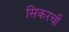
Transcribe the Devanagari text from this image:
सिकरची